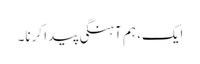
ایک، ہم آہنگی پیدا کرنا۔